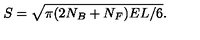
S = \sqrt { \pi ( 2 N _ { B } + N _ { F } ) E L / 6 } .